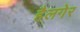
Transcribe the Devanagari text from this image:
हैलगेर